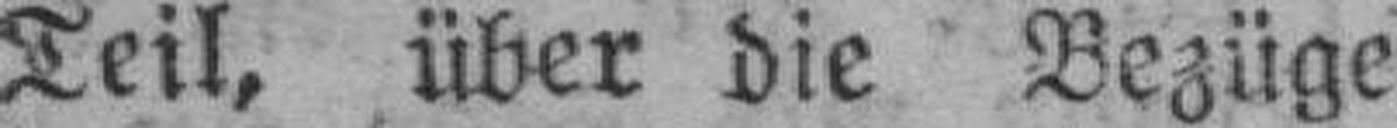
Teil, über die Bezüge